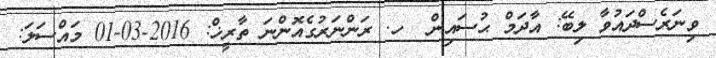
ވިނަރެސްދައުވާ ލިބޭ: އާދަމް ޙުސައިން  ހ. ރަންނަރުގެއޮންނަ ތާރީޚް: 2016-03-01 މައްސަލަ: